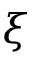
\boldsymbol { \xi }